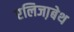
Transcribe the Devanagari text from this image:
एलिजा़बेथ